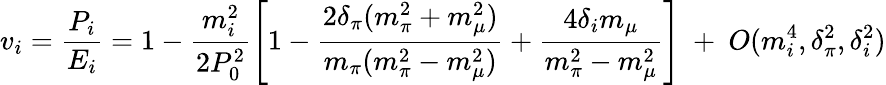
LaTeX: v_{i}=\frac{P_{i}}{E_{i}}=1-\frac{m_{i}^{2}}{2P_{0}^{2}}\left[1-\frac{2\delta_{\pi}(m_{\pi}^{2}+m_{\mu}^{2})}{m_{\pi}(m_{\pi}^{2}-m_{\mu}^{2})}+\frac{4\delta_{i}m_{\mu}}{m_{\pi}^{2}-m_{\mu}^{2}}\right]~+~O(m_{i}^{4},\delta_{\pi}^{2},\delta_{i}^{2})